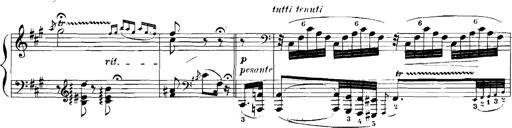
Title: Rhapsodies hongroises
Composer: Franz Liszt